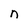
Character: n